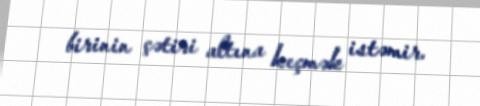
birinin çətiri altına keçmək istəmir.